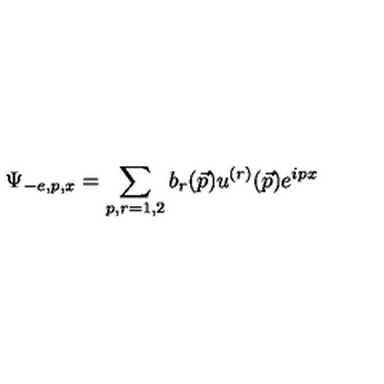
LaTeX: \Psi _ { - e , p , x } = \sum _ { p , r = 1 , 2 } b _ { r } ( \vec { p } ) u ^ { ( r ) } ( \vec { p } ) e ^ { i p x }